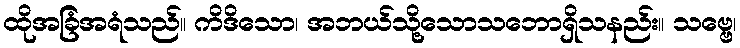
ထိုအခြံအရံသည်။ ကိဒိသော၊ အဘယ်သို့သောသဘောရှိသနည်း။ သဗ္ဗေ၊